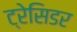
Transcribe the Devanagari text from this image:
ट्रेसिडर